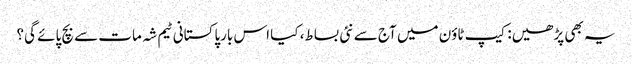
یہ بھی پڑھیں: کیپ ٹاؤن میں آج سے نئی بساط، کیا اس بارپاکستانی ٹیم شہ مات سے بچ پائے گی؟